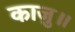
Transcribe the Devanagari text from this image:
काजु॥